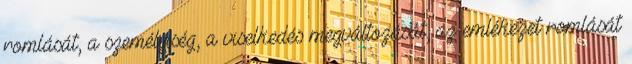
romlását, a személyiség, a viselkedés megváltozását, az emlékezet romlását